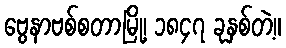
ဗွေနာဗစ်စတာမြို့၊ ၁၈၄၇ ခုနှစ်တဲ့။